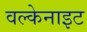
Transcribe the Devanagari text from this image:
वल्केनाइट